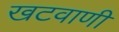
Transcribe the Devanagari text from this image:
खटवाणी